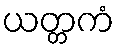
ယတ္တကံ